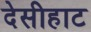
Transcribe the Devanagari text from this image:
देसीहाट